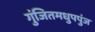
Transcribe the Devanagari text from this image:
गुंजितमधुपपुंज